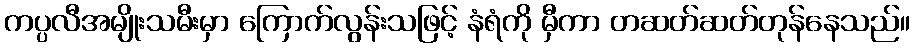
ကပ္ပလီအမျိုးသမီးမှာ ကြောက်လွန်းသဖြင့် နံရံကို မှီကာ တဆတ်ဆတ်တုန်နေသည်။